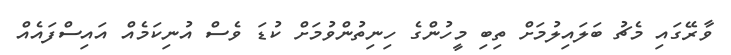
ވާރޭގައި މެޗު ބަލައިލުމަށް ތިބި މީހުންގެ ހިނިތުންވުމަށް ކުޑަ ވެސް އުނިކަމެއް އައިސްފައެއް